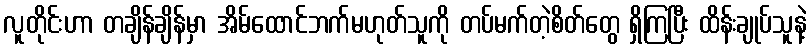
လူတိုင်းဟာ တချိန်ချိန်မှာ အိမ်ထောင်ဘက်မဟုတ်သူကို တပ်မက်တဲ့စိတ်တွေ ရှိကြပြီး ထိန်းချုပ်သူနဲ့